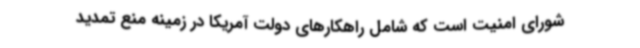
شورای امنیت است که شامل راهکارهای دولت آمریکا در زمینه منع تمدید